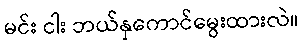
မင်း ငါး ဘယ်နှကောင်မွေးထားလဲ။